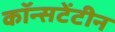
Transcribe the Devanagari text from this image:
कॉन्सटेंटीन